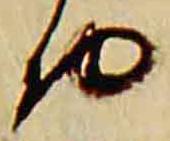
物